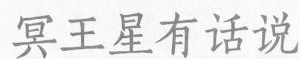
冥王星有话说